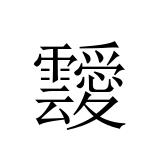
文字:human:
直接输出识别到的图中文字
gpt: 靉